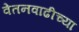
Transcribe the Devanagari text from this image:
वेतनवाढीच्या